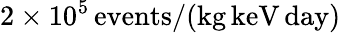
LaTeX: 2\times 10^{5}\, \mathrm{events}/(\mathrm{kg}\, \mathrm{keV}\, \mathrm{day})